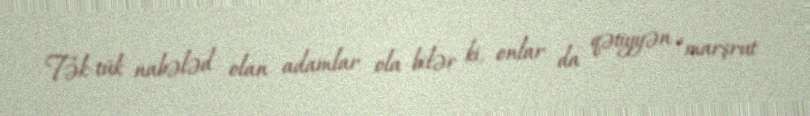
Tək-tük nabələd olan adamlar ola bilər ki, onlar da qətiyyən “marşrut